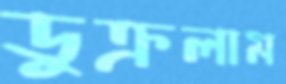
ডুক্‌রলাম